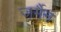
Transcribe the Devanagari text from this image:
जर्मैन